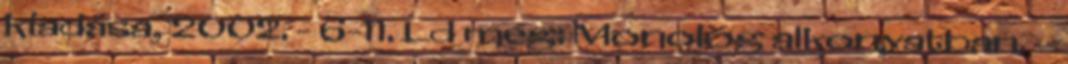
kiadása, 2002. - 6-11. Ld még: Monológ alkonyatban. –